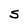
Character: 5